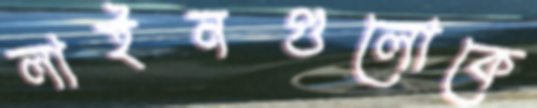
লাইনগুলোকে